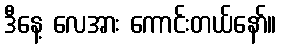
ဒီနေ့ လေအား ကောင်းတယ်နော်။